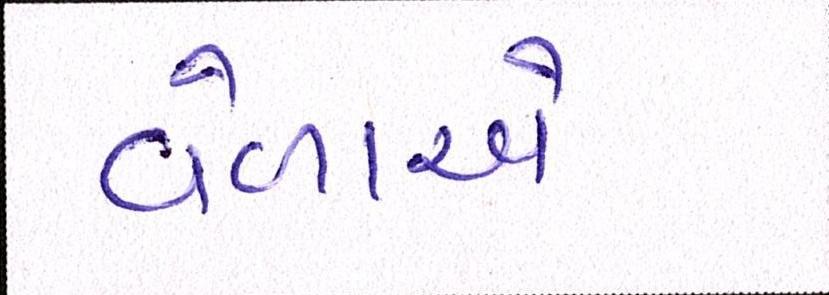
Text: વેળાએ